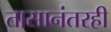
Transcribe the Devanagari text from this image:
तासानंतरही